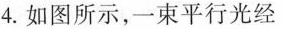
4.如图所示，一束平行光经